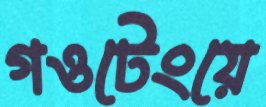
গওটেংয়ে